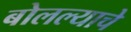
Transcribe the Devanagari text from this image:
बोलल्याचे